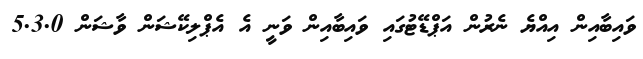
ވައިބާއިން އިއްޔެ ނެރުން އަޕްޑޭޓުގައި ވައިބާއިން ވަނީ އެ އެޕްލިކޭޝަން ވާޝަން 5.3.0